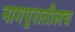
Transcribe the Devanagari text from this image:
नागपुरातीलच